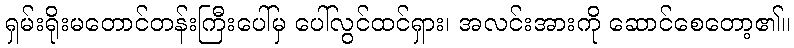
ရှမ်းရိုးမတောင်တန်းကြီးပေါ်မှ ပေါ်လွင်ထင်ရှား၊ အလင်းအားကို ဆောင်စေတော့၏။